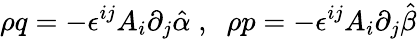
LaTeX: \rho q=-\epsilon^{ij}A_{i}\partial_{j}\hat{\alpha}\; ,\; \; \rho p=-\epsilon^{ij}A_{i}\partial_{j}\hat{\beta}